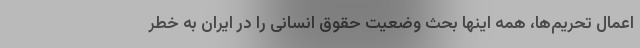
اعمال تحریم‌ها، همه اینها بحث وضعیت حقوق انسانی را در ایران به خطر